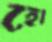
হো